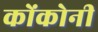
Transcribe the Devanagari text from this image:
कोंकोनी